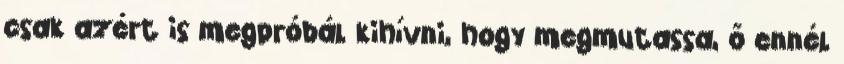
csak azért is megpróbál kihívni, hogy megmutassa, ő ennél